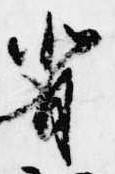
背